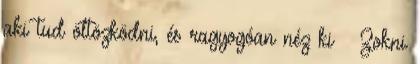
aki tud öltözködni, és ragyogóan néz ki » Zokni